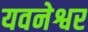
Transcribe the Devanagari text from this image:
यवनेश्वर